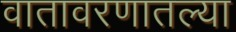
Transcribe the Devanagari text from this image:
वातावरणातल्या